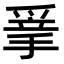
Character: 𢮣